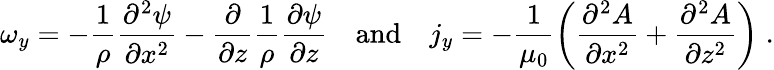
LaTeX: \omega_{y}=-\frac{1}{\rho}\frac{\partial^{2}\psi}{\partial x^{2}}-\frac{\partial}{\partial z}\frac{1}{\rho}\frac{\partial\psi}{\partial z}\quad\mathrm{and}\quad j_{y}=-\frac{1}{\mu_{0}}\left(\frac{\partial^{2}A}{\partial x^{2}}+\frac{\partial^{2}A}{\partial z^{2}}\right)\; .